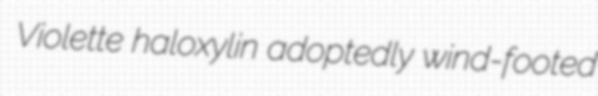
Violette haloxylin adoptedly wind-footed